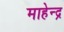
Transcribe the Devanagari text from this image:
माहेन्द्र